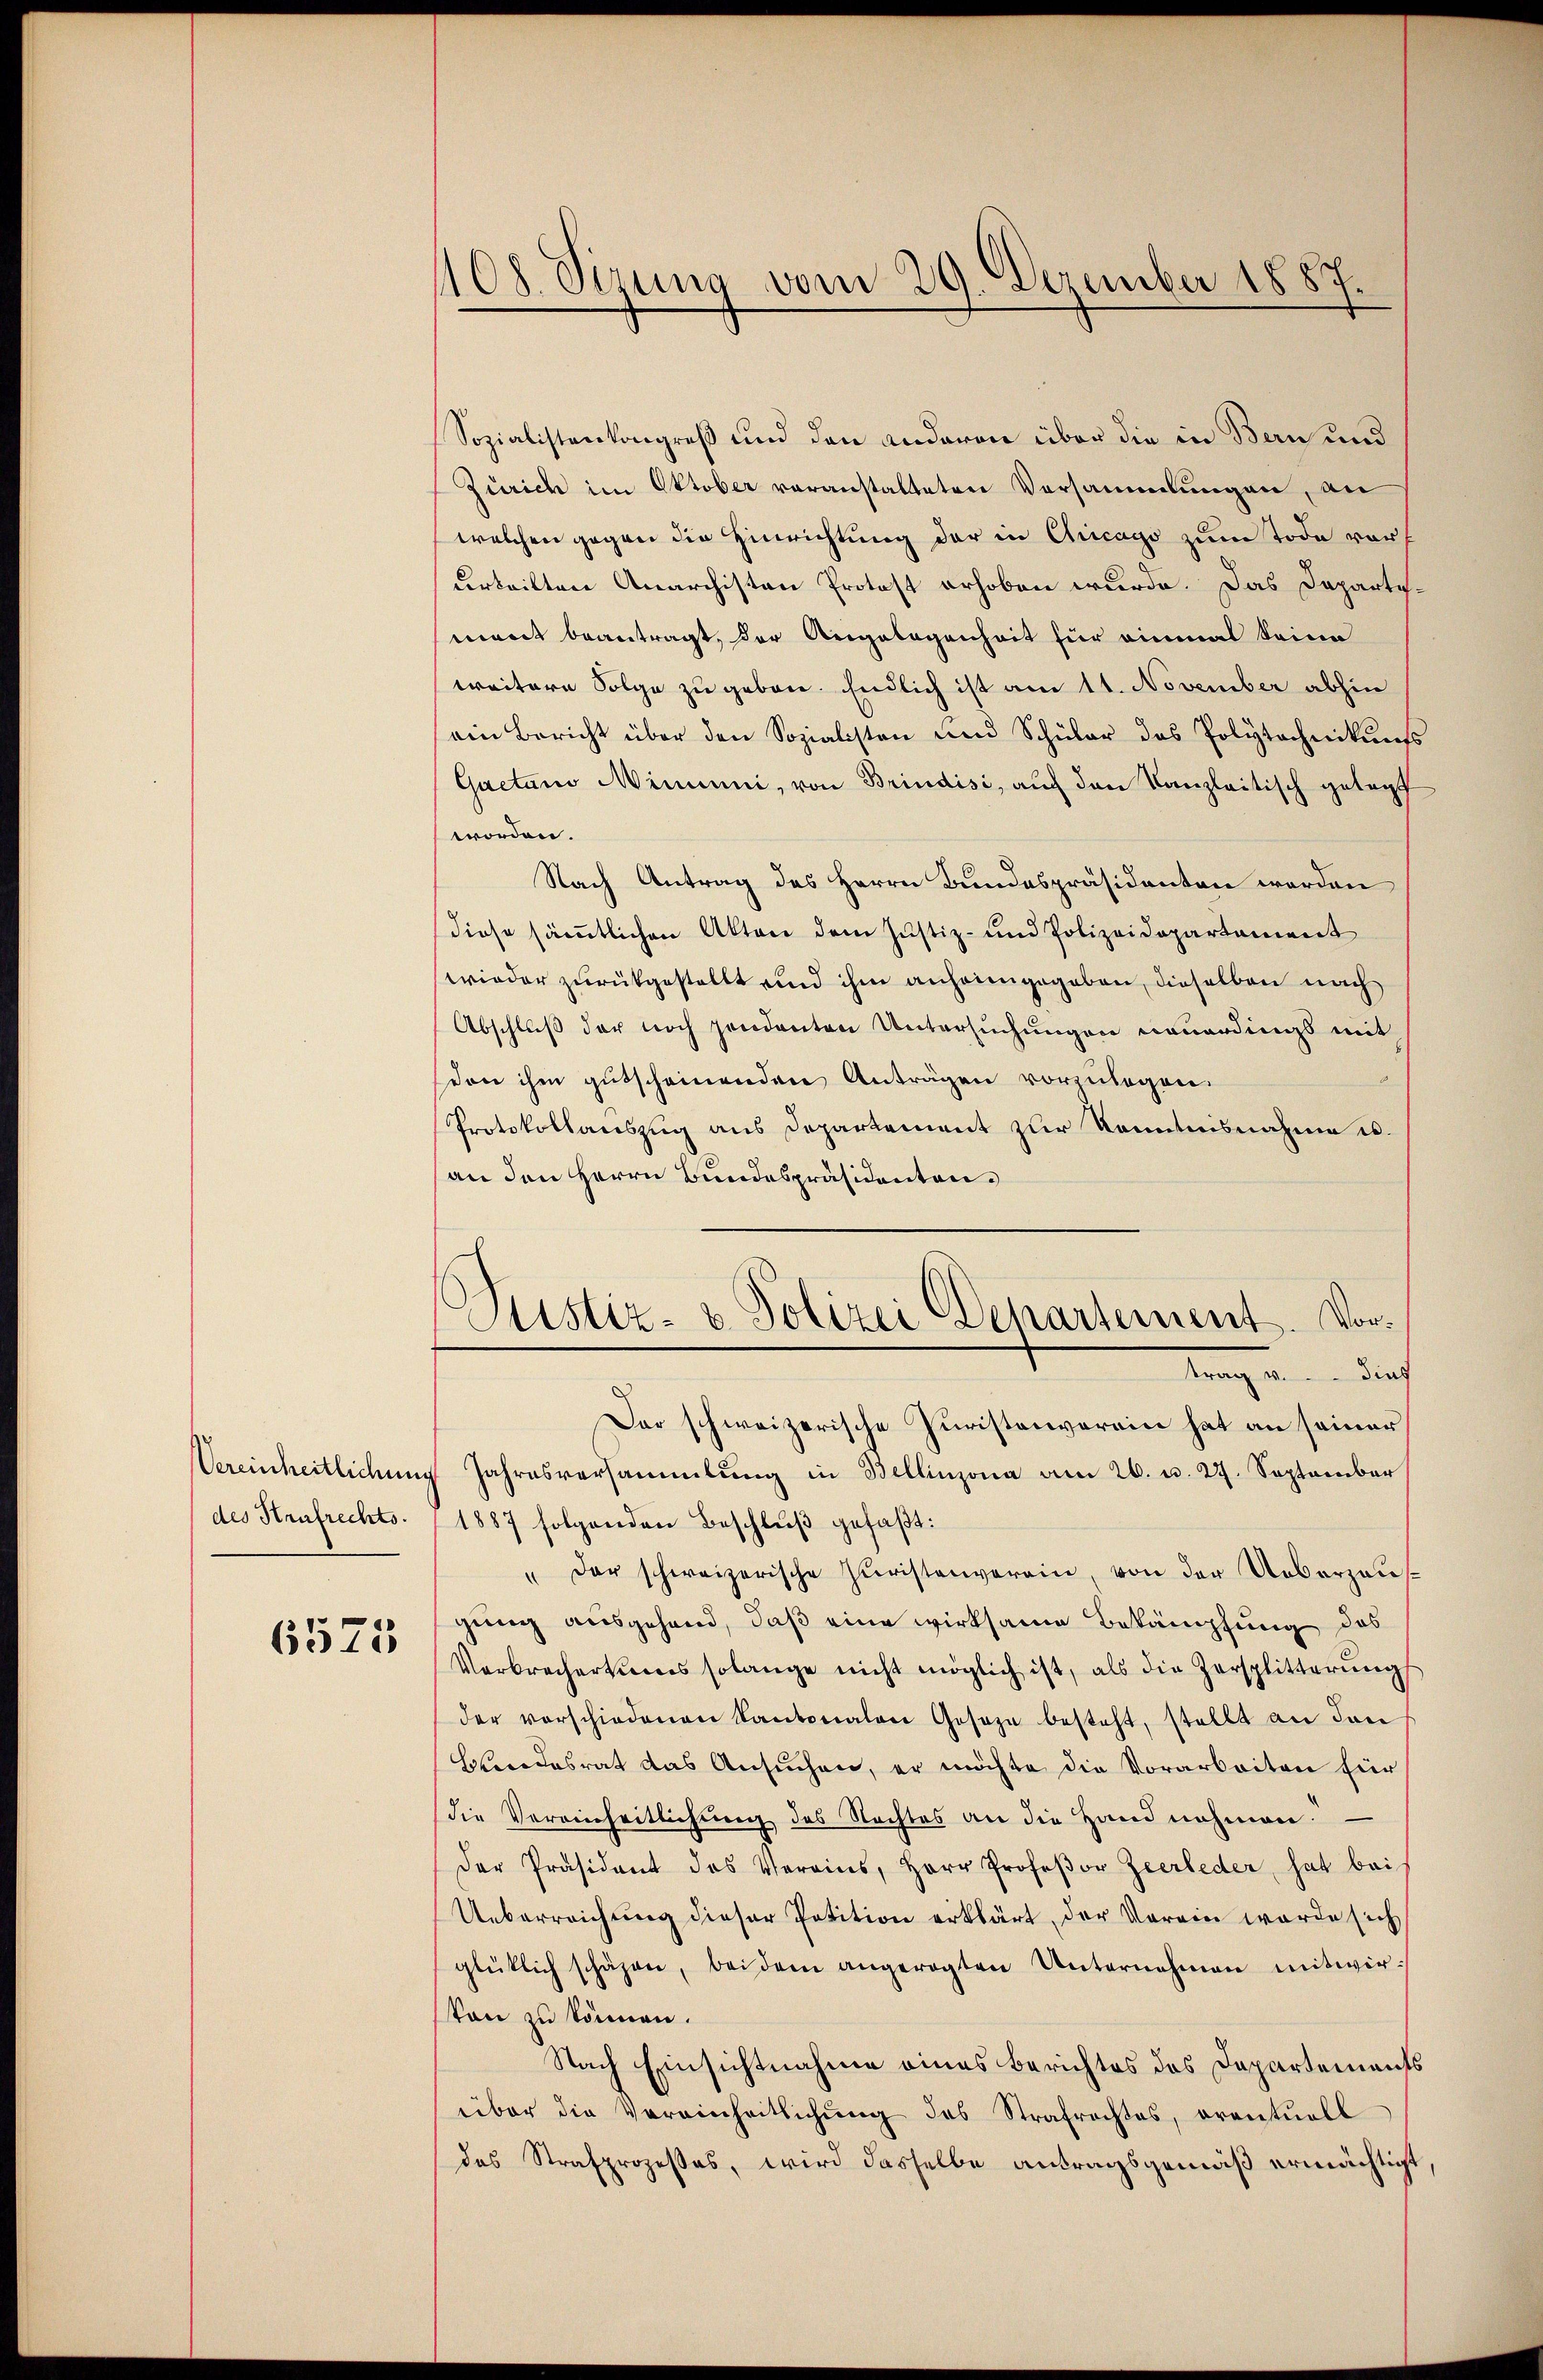
des Haufrechts.

6575

1108. Sizung vom 29. Dezember 1887.

Sozialistenkongreß und den anderen über die in Bern und
Zürich im Oktober voranstalteten Versammlungen, an
welchen gegen die Hinrichtung der in Chicago zum Tode vorf
urteilten Anarchisten Protost erhoben wurde. Das Departimant beantragt, der Angelegenheit für einmal keine
weitere Folge zu geben. Endlich ist am 11. November abhin
ein Bericht über den Sozialisten und Schüler das Polytechnikums
Gaetano Minuuni, von Brindisi, auch den Kanzleitisch gelegt
worden.
Nach Antrag des Herrn Bundespräsidenten worden
diese sämtlichen Akten dem Justiz- und Polizeidepartement
wieder zurückgestellt und ihm anheimgegeben, dieselben nach
Abschluß der noch pendanten Untersuchungen neuerdings mit
don ihm gutscheinenden Anträgen vorzulegen.
Protokollauszug aus Departement zur Kenntnisnahme u.
an den Herrn Bundespräsidenten.
Justiz- u. Polizei Departement. Vor¬
Mangen in der
Der schweizerische Juristenverein hat an seiner
Vereinheitlichŭng Jahresversammlung in Bellinzona am 26. u. 27. September
1887 folgenden Beschluß gefaßt:
" der schweizerische Juristenverein, von der Ueberzaugung ausgehend, daß eine wirksame Bekämpfung des
Verbrechertens solange nicht möglich ist, als die Zersplitterŭng
der vorschiedenen Kantonalen Geseze besteht, stellt an den
Ebendesrat das Ansuchen, er möchte die Vorarbeiten für
die Vereinheitlichŭng des Nachtes an die Hand nahmen
der Präsident des Vereins, Herr Profeßor Zeerleder hat bei
Ueberreichung dieser Petition erklärt, der Verein werde sich
glüklich schäzen, bei dem angeregten Unternehmen mitwir-
Von zu können.
Nach Einsichtnahme eines Berichtes des Departements
über die Vereinheitlichŭng des Strafrechtes, eventuell
das Strafprozesses, wird dasselbe antragsgemäß ermächtigt